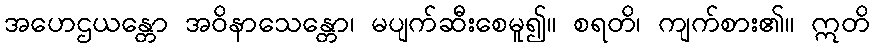
အဟေဌယန္တော အဝိနာသေန္တော၊ မပျက်ဆီးစေမူ၍။ စရတိ၊ ကျက်စား၏။ ဣတိ